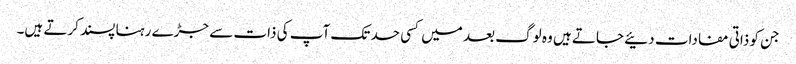
جن کو ذاتی مفادات دئیے جاتے ہیں وہ لوگ بعد میں کسی حد تک آپ کی ذات سے جڑے رہنا پسند کرتے ہیں۔